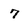
Character: 7